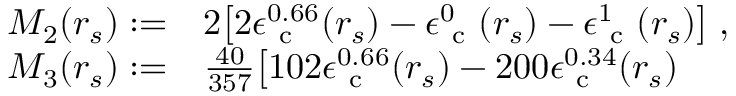
\begin{array} { r l } { M _ { 2 } ( r _ { s } ) : = } & { { } 2 \big [ 2 \epsilon _ { \mathrm { ~ c ~ } } ^ { 0 . 6 6 } ( r _ { s } ) - \epsilon _ { \mathrm { ~ c ~ } } ^ { 0 } ( r _ { s } ) - \epsilon _ { \mathrm { ~ c ~ } } ^ { 1 } ( r _ { s } ) \big ] \; , } \\ { M _ { 3 } ( r _ { s } ) : = } & { { } \frac { 4 0 } { 3 5 7 } \big [ 1 0 2 \epsilon _ { \mathrm { ~ c ~ } } ^ { 0 . 6 6 } ( r _ { s } ) - 2 0 0 \epsilon _ { \mathrm { ~ c ~ } } ^ { 0 . 3 4 } ( r _ { s } ) } \end{array}